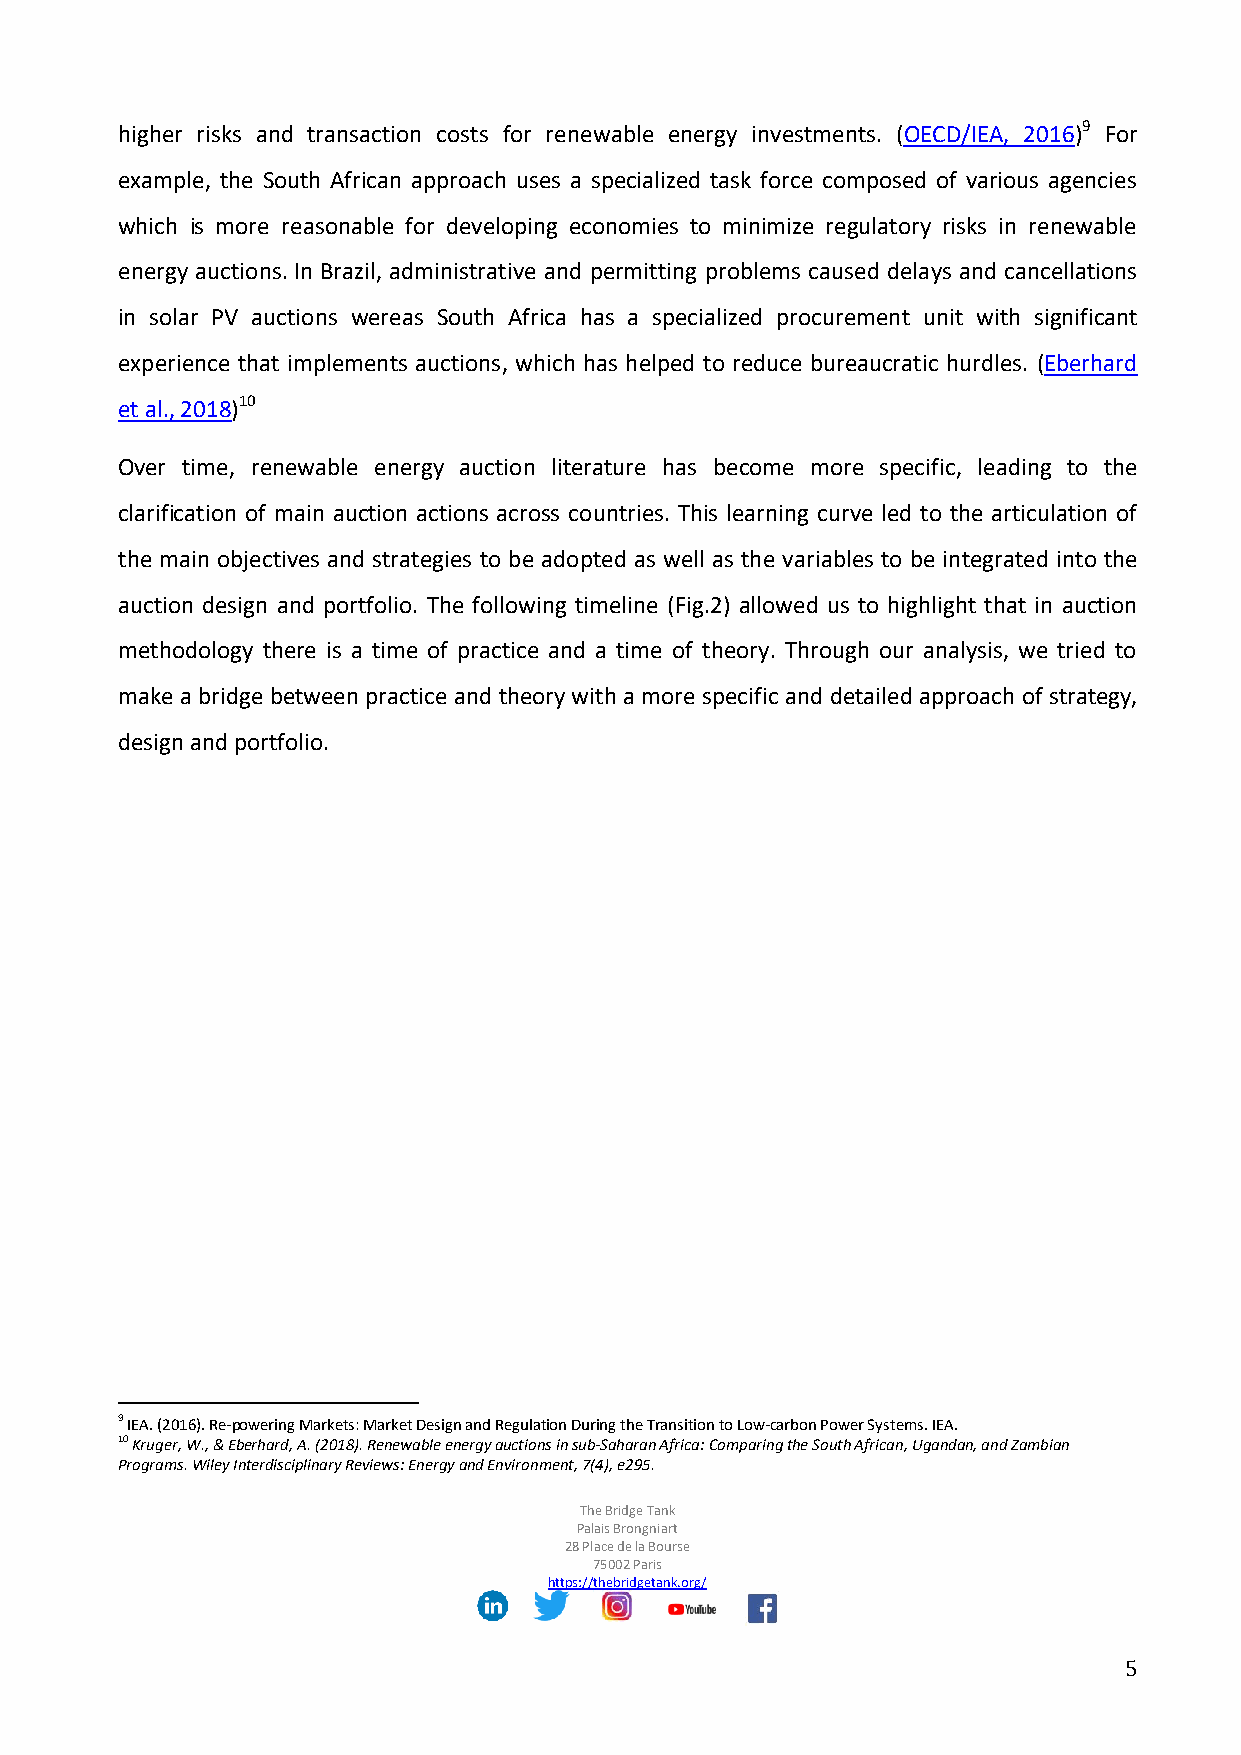
higher risks and transaction costs for renewable energy investments. (OECD/IEA, 2016)9 For
 example, the South African approach uses a specialized task force composed of various agencies
 which is more reasonable for developing economies to minimize regulatory risks in renewable
 energy auctions. In Brazil, administrative and permitting problems caused delays and cancellations
 in solar PV auctions wereas South Africa has a specialized procurement unit with significant
 experience that implements auctions, which has helped to reduce bureaucratic hurdles. (Eberhard
 et al., 2018)10
 Over time, renewable energy auction literature has become more specific, leading to the
 clarification of main auction actions across countries. This learning curve led to the articulation of
 the main objectives and strategies to be adopted as well as the variables to be integrated into the
 auction design and portfolio. The following timeline (Fig.2) allowed us to highlight that in auction
 methodology there is a time of practice and a time of theory. Through our analysis, we tried to
 make a bridge between practice and theory with a more specific and detailed approach of strategy,
 design and portfolio.
 9 IEA. (2016). Re-powering Markets: Market Design and Regulation During the Transition to Low-carbon Power Systems. IEA.
 10 Kruger, W., & Eberhard, A. (2018). Renewable energy auctions in sub‐Saharan Africa: Comparing the South African, Ugandan, and Zambian
 Programs. Wiley Interdisciplinary Reviews: Energy and Environment, 7(4), e295.
 The Bridge Tank
 Palais Brongniart
 28 Place de la Bourse
 75002 Paris
 https://thebridgetank.org/
 5